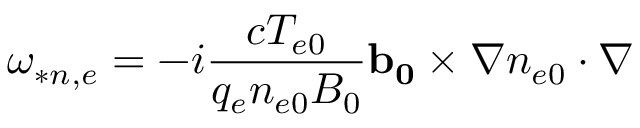
\omega _ { * n , e } = - i \frac { c T _ { e 0 } } { q _ { e } n _ { e 0 } B _ { 0 } } \mathbf { b _ { 0 } } \times \nabla n _ { e 0 } \cdot \nabla